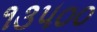
૧૩૫૦૦